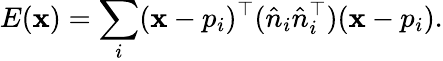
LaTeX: E(\mathbf{x})=\sum_{i}(\mathbf{x}-p_{i})^{\top}({\hat{{n}}}_{i}{\hat{{n}}}_{i}^{\top})(\mathbf{x}-p_{i}).